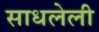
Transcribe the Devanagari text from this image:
साधलेली